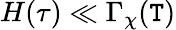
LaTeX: H(\tau)\ll\Gamma_{\chi}(\mathtt{T})